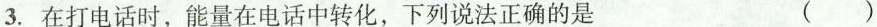
3.在打电话时，能量在电话中转化，下列说法正确的是 （）